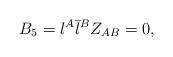
LaTeX: \begin{align*} B_5 = {\l}^{A} {\bar{\l}}^{{B}} Z_{AB} = 0,\end{align*}